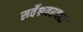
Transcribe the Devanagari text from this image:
सर्वेश्रवरदास